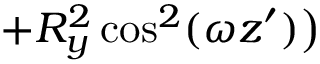
+ R _ { y } ^ { 2 } \cos ^ { 2 } ( \omega z ^ { \prime } ) \big )